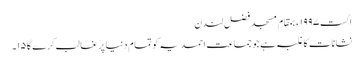
اگست ١٩٩٧ء بمقام مسجد فضل لندن
نشانات کا غلبہ ہے جو جماعت احمدیہ کو تمام دنیا پر غالب کرے گا ١٥۔